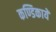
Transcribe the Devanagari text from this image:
कण्डिकायें